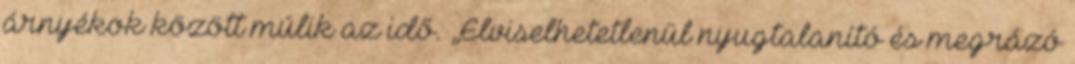
árnyékok között múlik az idő. „Elviselhetetlenül nyugtalanító és megrázó